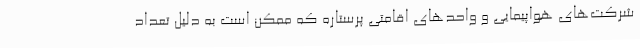
شرکت‌های هواپیمایی و واحدهای اقامتی پرستاره که ممکن است به دلیل تعداد